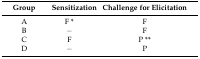
<table><thead><tr><td><b>Group</b></td><td><b>Sensitization</b></td><td><b>Challenge for Elicitation</b></td></tr></thead><tbody><tr><td>A</td><td>F *</td><td>F</td></tr><tr><td>B</td><td>−</td><td>F</td></tr><tr><td>C</td><td>F</td><td>P **</td></tr><tr><td>D</td><td>−</td><td>P</td></tr></tbody></table>